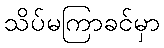
သိပ်မကြာခင်မှာ